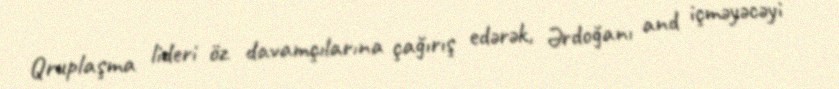
Qruplaşma lideri öz davamçılarına çağırış edərək, Ərdoğanı and içməyəcəyi